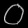
Digit: ၀